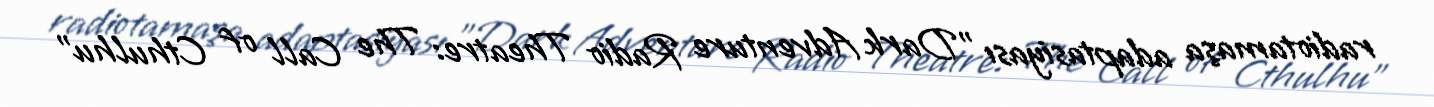
radiotamaşa adaptasiyası "Dark Adventure Radio Theatre: The Call of Cthulhu"